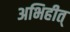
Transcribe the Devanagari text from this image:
अभिहीत्